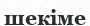
шекіме